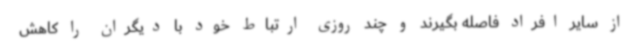
از سایر افراد فاصله بگیرند و چند روزی ارتباط خود با دیگران را کاهش